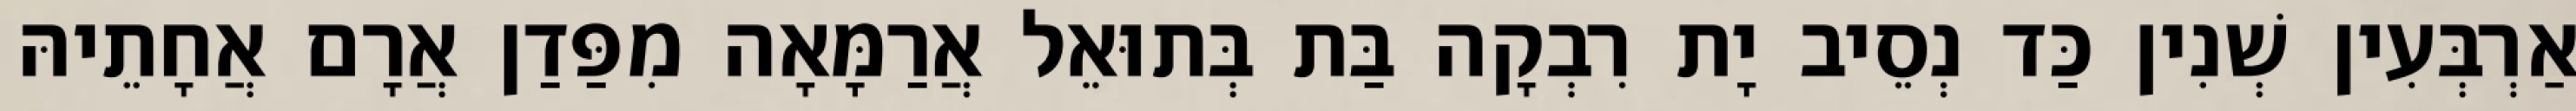
אַרְבְּעִין שְׁנִין כַּד נְסֵיב יָת רִבְקָה בַּת בְּתוּאֵל אֲרַמָּאָה מִפַּדַן אֲרָם אֲחָתֵיהּ